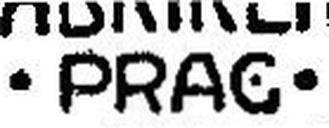
·PRAC·